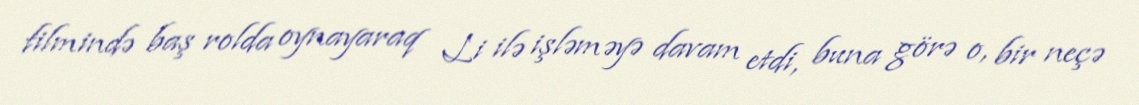
filmində baş rolda oynayaraq Li ilə işləməyə davam etdi, buna görə o, bir neçə